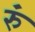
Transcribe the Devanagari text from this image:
रुं